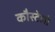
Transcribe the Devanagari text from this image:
कौस्टेलो